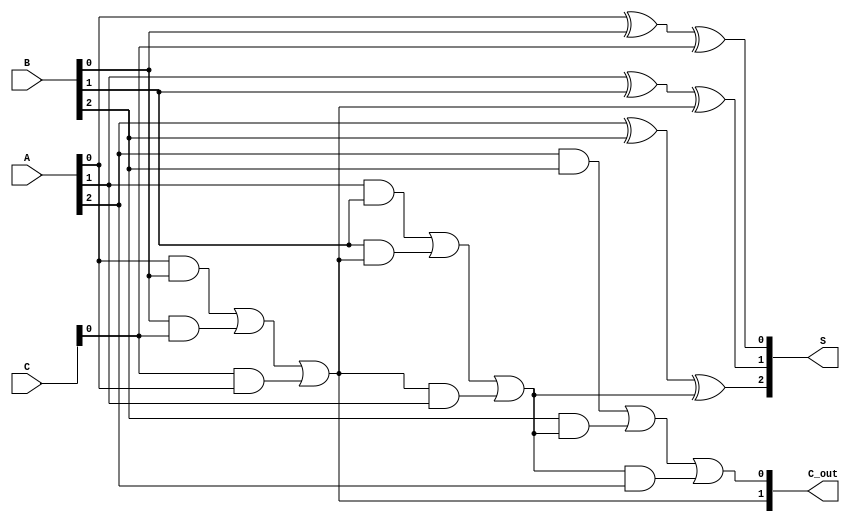
module CarrySaveAdder (
    input  [2:0] A,      // First 3-bit input
    input  [2:0] B,      // Second 3-bit input
    input  [2:0] C,      // Third 3-bit input
    output [2:0] S,      // 3-bit sum output
    output [1:0] C_out    // 2-bit carry output
);

    wire C1, C2;         // Intermediate carry wires

    // Full adder for the least significant bit
    assign S[0] = A[0] ^ B[0] ^ C[0];  // Sum for LSB
    assign C1 = (A[0] & B[0]) | (B[0] & C[0]) | (C[0] & A[0]); // Carry for LSB

    // Full adder for the middle bit
    assign S[1] = A[1] ^ B[1] ^ C1;  // Sum for middle bit
    assign C2 = (A[1] & B[1]) | (B[1] & C1) | (C1 & A[1]); // Carry for middle bit

    // Full adder for the most significant bit
    assign S[2] = A[2] ^ B[2] ^ C2;  // Sum for MSB
    assign C_out[0] = (A[2] & B[2]) | (B[2] & C2) | (C2 & A[2]); // Carry out for MSB
    assign C_out[1] = C1;            // Carry out from the first full adder

endmodule